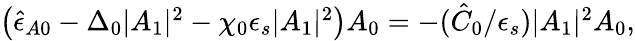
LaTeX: \begin{array}{r}{\left(\hat{\epsilon}_{A0}-\Delta_{0}\lvert A_{1}\rvert^{2}-\chi_{0}\epsilon_{s}\lvert A_{1}\rvert^{2}\right)A_{0}=-(\hat{C}_{0}/\epsilon_{s})\lvert A_{1}\rvert^{2}A_{0},}\end{array}